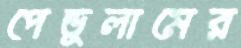
পেন্ডুলামের